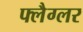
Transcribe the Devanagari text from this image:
फ्लैग्लर